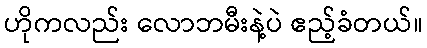
ဟိုကလည်း လောဘမီးနဲ့ပဲ ဧည့်ခံတယ်။